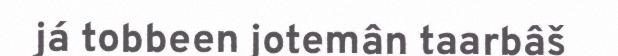
já tobbeen jotemân taarbâš